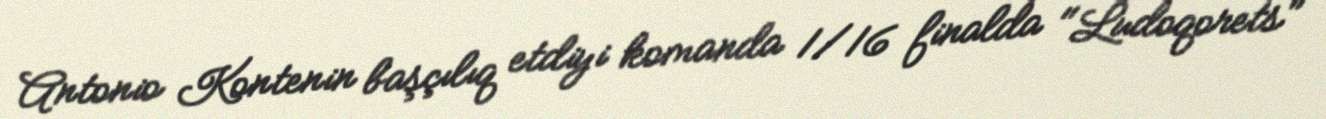
Antonio Kontenin başçılıq etdiyi komanda 1/16 finalda "Ludoqorets"